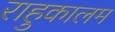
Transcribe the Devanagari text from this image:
राहुकालम